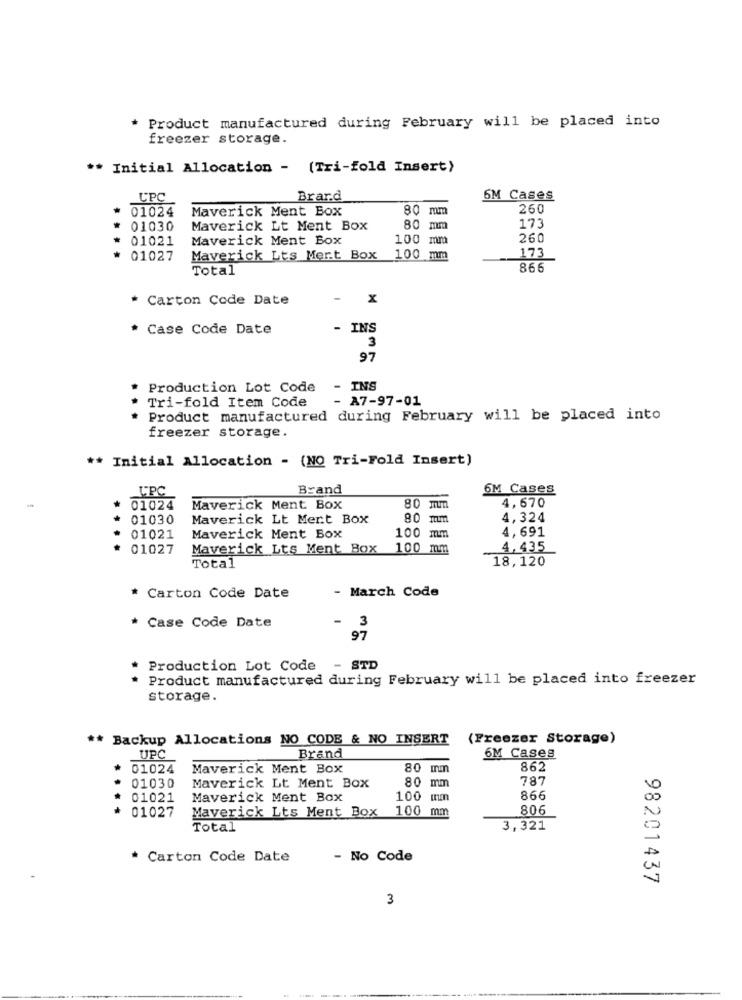
* Product manufactured during February will be placed into
freezer storage.
** Initial Allocation - (Tri-fold Insert)
UPC
Brard
6M Cases
01024
Maverick Ment Box
80 mm
260
01030
Maverick Lt Ment Box
80 mm
173
..
01021
Maverick Ment Box
100 mm
260
* 01027
Maverick Lts Mer.t Box
100 mm
173
Total
866
Carton Code Date
-
X
* Case Code Date
- INS
3
97
Production Lot Code
INS
Tri-fold Item Code
- A7-97-01
Product manufactured during February will be placed into
freezer storage.
** Initial Allocation - (NO Tri-Fold Insert)
Brand
6M Cases
UPC
01024
Maverick Ment Box
80 mm
4,670
01030
Maverick Lt Mert Box
80 mm
4,324
4,691
01021
Maverick Ment Box
100 mm
01027
Maverick Lts Ment Box
100 mm
4,435
18,120
Total
- March Code
* Carton Code Date
* Case Code Date
- 3
97
* Production Lot Code - STD
Product manufactured during February will be placed into freezer
storage.
** Backup Allocations NO CODE & NO INSERT
(Freezer Storage)
UPC
Brand
6M Cases
01024
Maverick Ment Box
80 mm
862
80 mm
787
01030
Maverick Lt Ment Box
01021
Maverick Ment Box
100 um
866
....
Maverick Lts Ment Box 100 mm
806
* 01027
Total
3,321
* Carton Code Date
- No Code
98201437
3